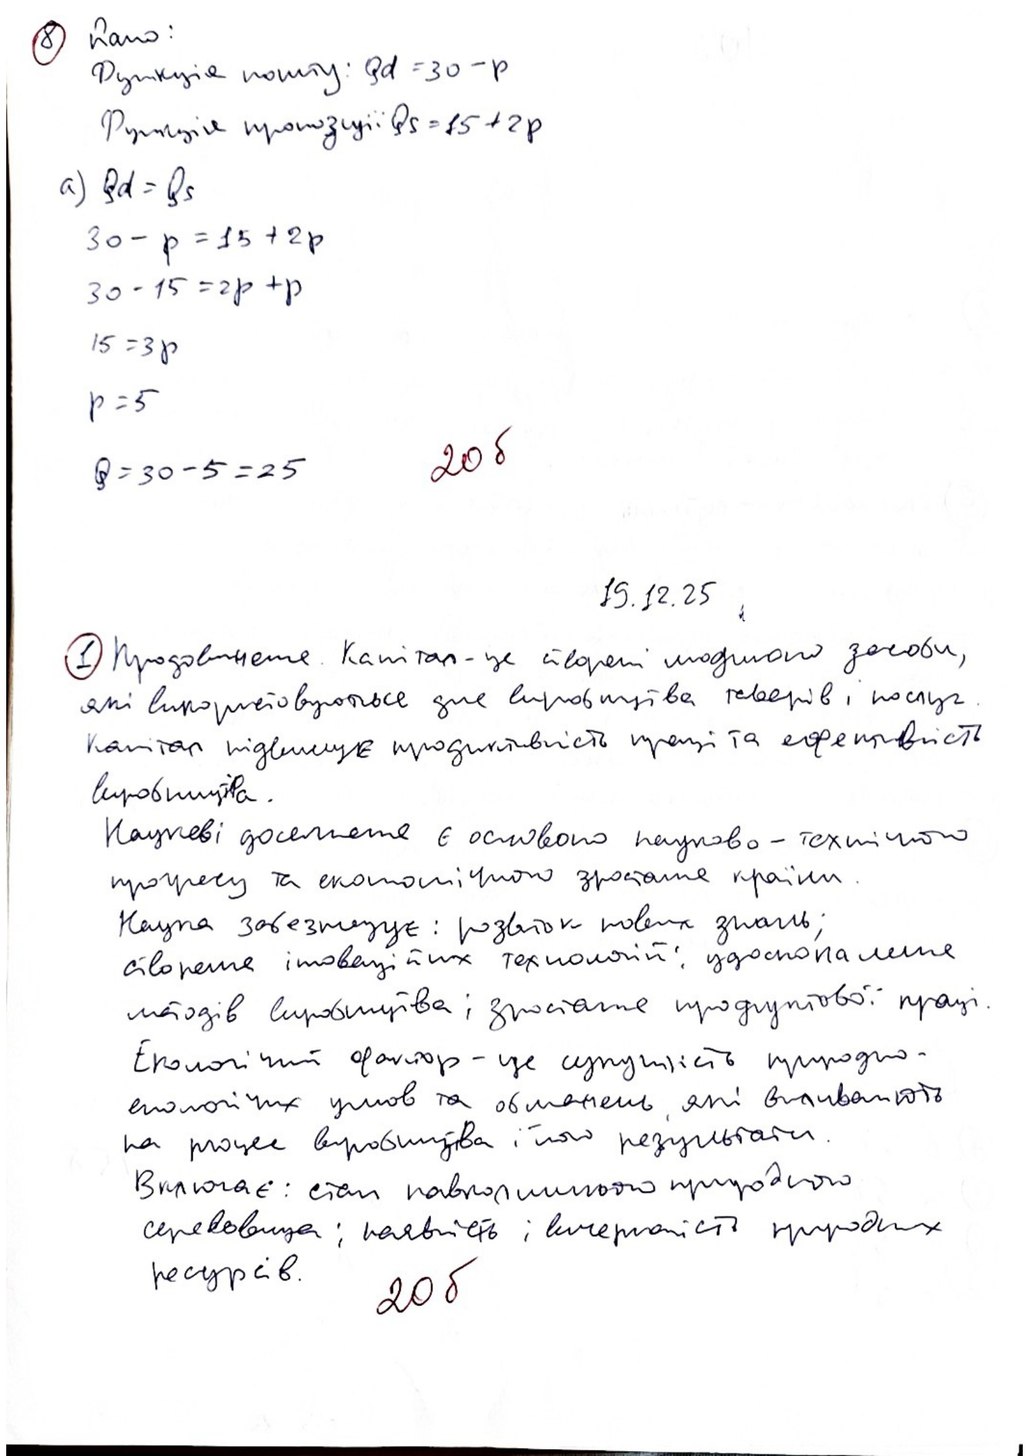
8 Дано:
Функція попиту: Qd = 30 - p
Функція пропозиції Qs = 15 + 2p
a) Qd = Qs
30 - p = 15 + 2p
30 - 15 = 2p + p
15 = 3p
p = 5
20б
20 б
Q = 30 - 5 = 25
19.12.2025
1 Продовження. Капітал - це створені людиною засоби,
які використовуються для виробництва товарів і послуг.
капітал підвищує продуктивність праці та ефективність
виробництва.
Наукові досягнення є основою науково-технічного
прогресу та економічного зростання країни.
Наука забезпечує: розвиток нових знань;
створення інноваційних технологій; удосконалення
методів виробництва; зростання продуктової праці.
Екологічний фактор - це сукупність природно-
екологічних умов та обмежень, які впливають
на процес виробництва і його результати.
Включає: стан навколишнього природного
середовища; наявність і вичерпність природних
ресурсів.
20 б